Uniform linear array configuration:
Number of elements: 8
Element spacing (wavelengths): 0.25
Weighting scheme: blackman
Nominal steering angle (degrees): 30
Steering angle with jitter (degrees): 28.198
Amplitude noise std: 0.05
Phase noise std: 0.05

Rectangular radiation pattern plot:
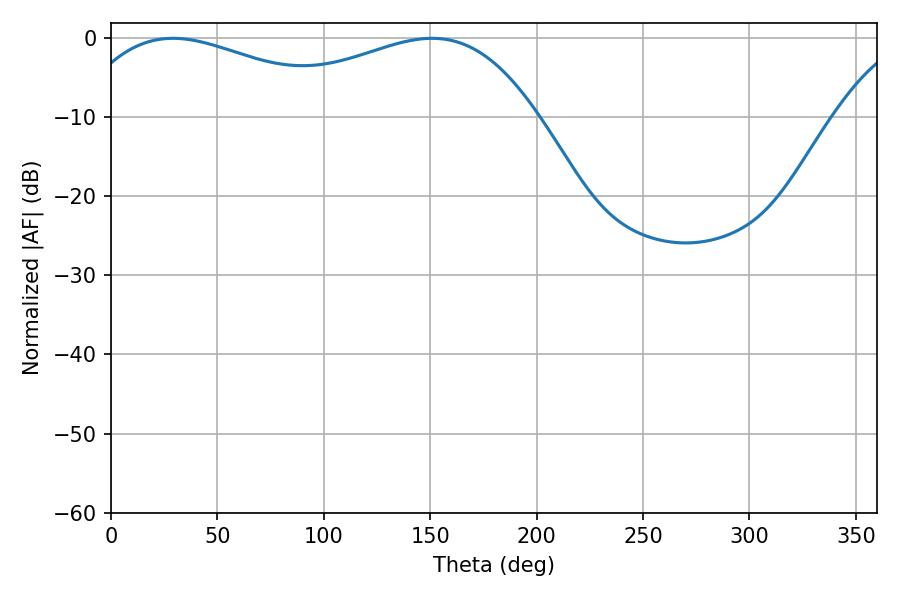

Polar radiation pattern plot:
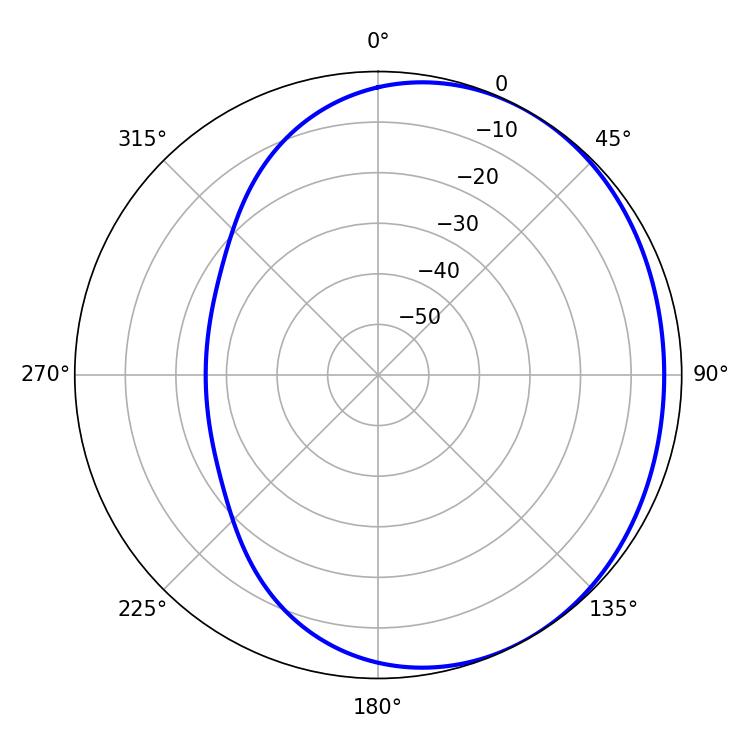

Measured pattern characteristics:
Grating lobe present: FALSE
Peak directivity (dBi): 1.809
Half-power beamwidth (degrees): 74.34
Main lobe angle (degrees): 29.16